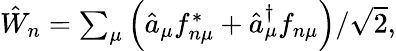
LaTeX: \begin{array}{r}{\hat{W}_{n}=\sum_{\mu}\left(\hat{a}_{\mu}f_{n\mu}^{*}+\hat{a}_{\mu}^{\dagger}f_{n\mu}\right)/\sqrt{2},}\end{array}